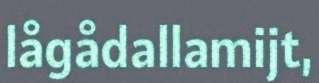
lågådallamijt,